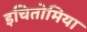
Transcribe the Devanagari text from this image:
इचितोमिया